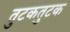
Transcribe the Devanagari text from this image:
तुटकतुटक